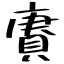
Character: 賡